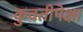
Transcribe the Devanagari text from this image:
कुवतीपेक्षा